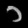
Digit: ၁